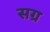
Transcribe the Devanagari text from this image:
सग्र